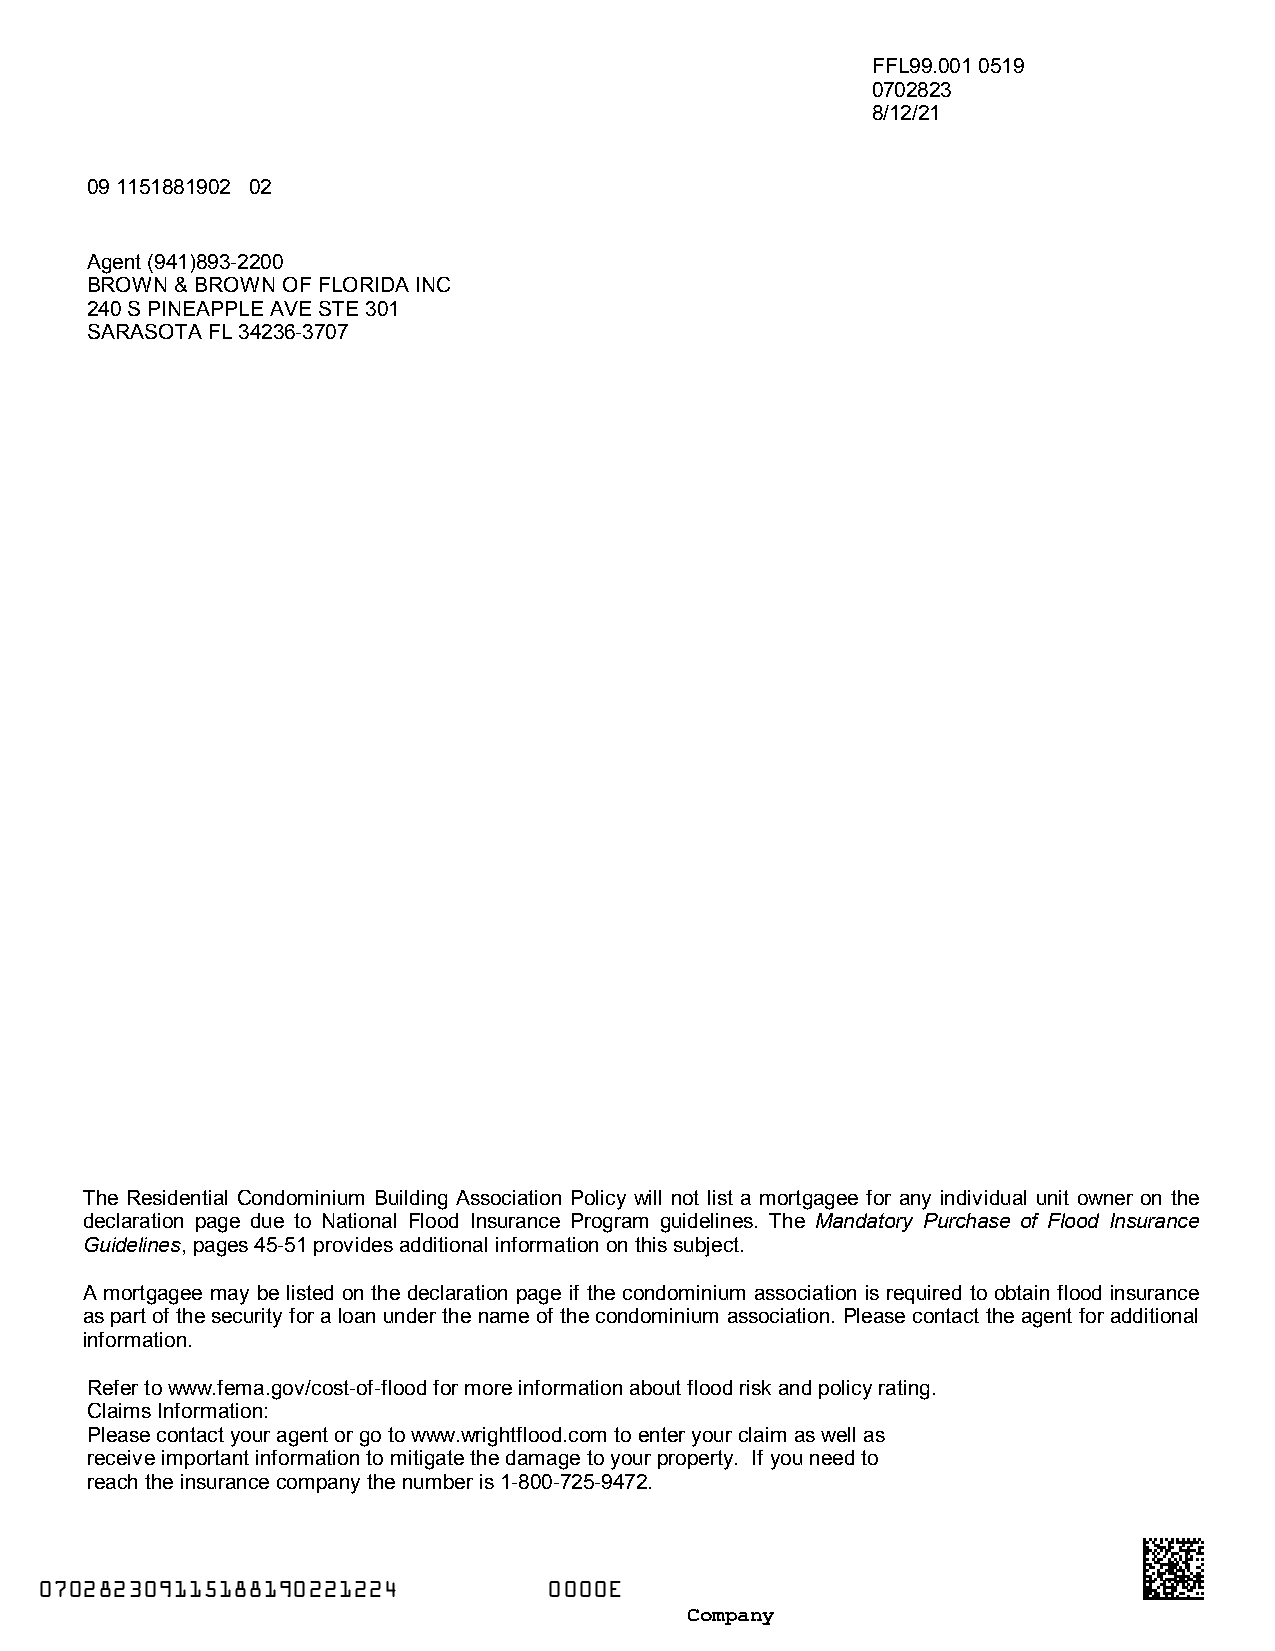
FFL99.001 0519
 0702823
 8/12/21
 09 1151881902 02
 Agent (941)893-2200
 BROWN & BROWN OF FLORIDA INC
 240 S PINEAPPLE AVE STE 301
 SARASOTA FL 34236-3707
 The Residential Condominium Building Association Policy will not list a mortgagee for any individual unit owner on the
 declaration page due to National Flood Insurance Program guidelines. The Mandatory Purchase of Flood Insurance
 Guidelines, pages 45-51 provides additional information on this subject.
 A mortgagee may be listed on the declaration page if the condominium association is required to obtain flood insurance
 as part of the security for a loan under the name of the condominium association. Please contact the agent for additional
 information.
 Refer to www.fema.gov/cost-of-flood for more information about flood risk and policy rating.
 Claims Information:
 Please contact your agent or go to www.wrightflood.com to enter your claim as well as
 receive important information to mitigate the damage to your property. If you need to
 reach the insurance company the number is 1-800-725-9472.
 xTSXUXvxwvT
 o9IhNSFqx9k
 x4WH5VFGL44
 kv1hgnWFZ4I
 070282309115188190221224          0000E                                   xJFjCgqxKMx
 kj1MCKhk9jk
 oiyDrj68b44
 Company                       zzzzzzzzzzz